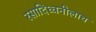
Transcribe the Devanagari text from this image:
रसादिध्वनीलाच